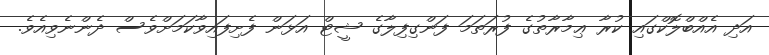
އަދި އެއްބްލޮކްގައި ކުރާ ޢިމާރާތުގެ ފުރަތަމަ ފަންގިފިލާގެ ޝީޓް އަޅަން ފެށިފައިވާކަމަށްވެސް ދެންނެވިއެވެ.